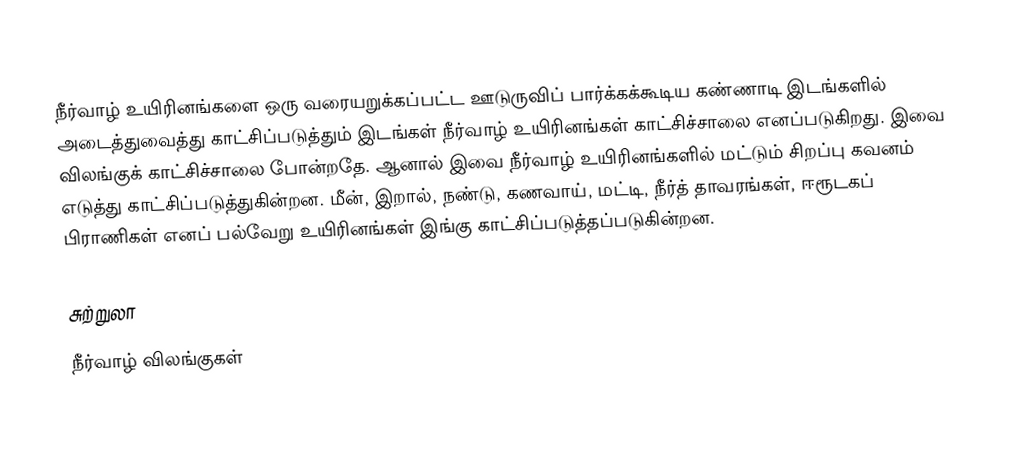
நீர்வாழ் உயிரினங்களை ஒரு வரையறுக்கப்பட்ட ஊடுருவிப் பார்க்கக்கூடிய கண்ணாடி இடங்களில் அடைத்துவைத்து காட்சிப்படுத்தும் இடங்கள் நீர்வாழ் உயிரினங்கள் காட்சிச்சாலை எனப்படுகிறது. இவை விலங்குக் காட்சிச்சாலை போன்றதே. ஆனால் இவை நீர்வாழ் உயிரினங்களில் மட்டும் சிறப்பு கவனம் எடுத்து காட்சிப்படுத்துகின்றன. மீன், இறால், நண்டு, கணவாய், மட்டி, நீர்த் தாவரங்கள், ஈரூடகப் பிராணிகள் எனப் பல்வேறு உயிரினங்கள் இங்கு காட்சிப்படுத்தப்படுகின்றன.

சுற்றுலா
நீர்வாழ் விலங்குகள்